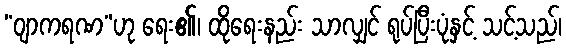
“ဝျာကရဏ”ဟု ရေး၏၊ ထိုရေးနည်း သာလျှင် ရုပ်ပြီးပုံနှင့် သင့်သည်၊